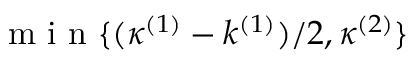
\mathrm { ~ m ~ i ~ n ~ } \{ ( \kappa ^ { ( 1 ) } - k ^ { ( 1 ) } ) / 2 , \kappa ^ { ( 2 ) } \}